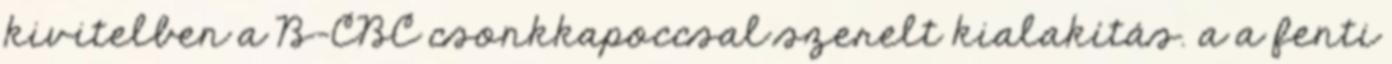
kivitelben a B-CBC csonkkapoccsal szerelt kialakítás. a a fenti